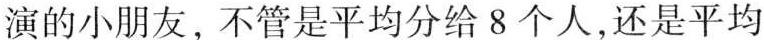
演的小朋友，不管是平均分给8个人，还是平均